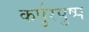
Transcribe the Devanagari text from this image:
कर्पुरपुष्प